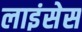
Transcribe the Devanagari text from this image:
लाइंसेस